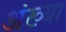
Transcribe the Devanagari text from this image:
अंख्या